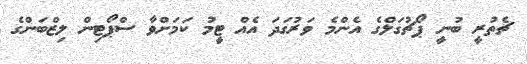
ޗެތުރީ ބުނީ ޕޯޗުގަލްގެ އެންމެ ވަރުގަދަ އެއް ޓީމު ކަމަށްވާ ސްޕޯޓިން ލިޒްބަންގެ